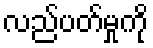
လည်ပတ်မှုကို